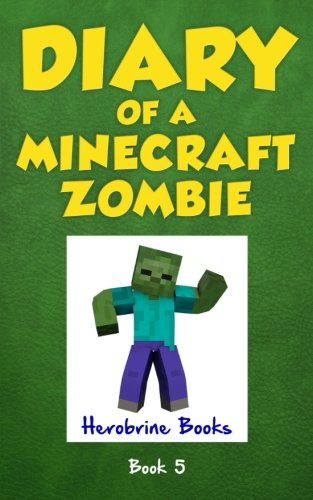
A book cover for Diary of a Minecraft Zombie Book 5: School Daze (Volume 5); Herobrine Books; Children's Books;